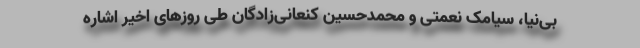
بی‌نیا، سیامک نعمتی و محمدحسین کنعانی‌زادگان طی روزهای اخیر اشاره